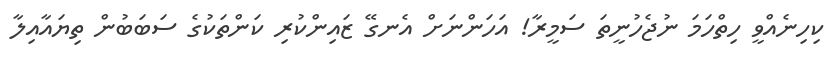
ކިހިނެއްވީ ހިތްހަމަ ނުޖެހުނީތަ ސަމީރާ! އަހަންނަށް އެނގޭ ޒައިންކުރި ކަންތަކުގެ ސަބަބުން ތިޔައާއިލާ